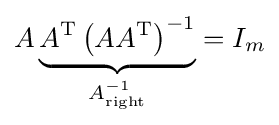
A\underbrace {A^{\text{T}}\left(AA^{\text{T}}\right)^{-1}} _{A_{\text{right}}^{-1}}=I_{m}